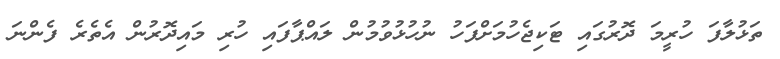
ތަޅުލާފަ ހުރީމަ ދޮރުގައި ޓަކިޖެހުމަށްފަހު ނުހުޅުވުމުން ލައްޕާފައި ހުރި މަައިދޮރުން އެތެރެ ފެންނަ